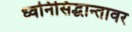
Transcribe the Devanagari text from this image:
ध्वनिसिद्धान्तावर